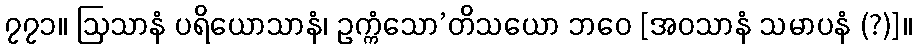
၇၇၁။ ဩသာနံ ပရိယောသာနံ၊ ဥက္ကံသော’တိသယော ဘဝေ [အဝသာနံ သမာပနံ (?)]။